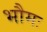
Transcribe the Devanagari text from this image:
भौमः